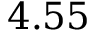
4 . 5 5